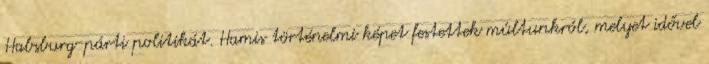
Habsburg-párti politikát. Hamis történelmi képet festettek múltunkról, melyet idővel